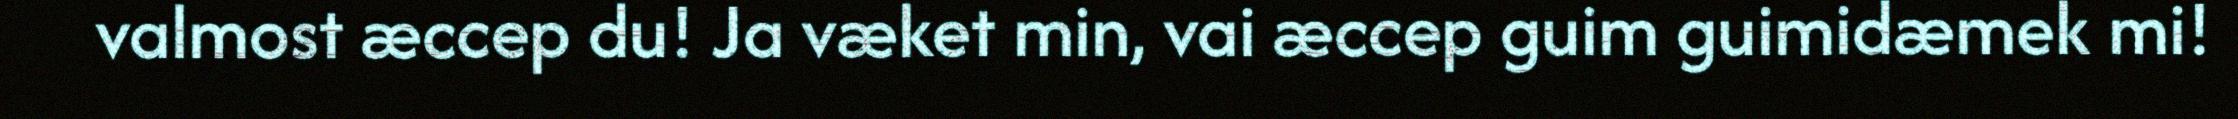
valmost æccep du! Ja væket min, vai æccep guim guimidæmek mi!